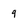
Character: 9